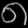
Digit: ၈